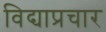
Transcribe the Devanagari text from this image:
विद्याप्रचार